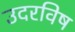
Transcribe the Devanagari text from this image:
उदरविष